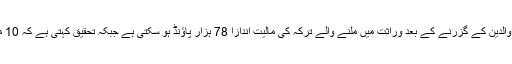
رپورٹ میں اخذ کیا گیا ہے کہ ایک عام آدمی خیال کرتا ہے کہ والدین کے گزرنے کے بعد وراثت میں ملنے والے ترکہ کی مالیت اندازا 78 ہزار پاؤنڈ ہو سکتی ہے جبکہ تحقیق کہتی ہے کہ 10 میں سے 4 بچوں کو والدین سےترکہ میں کچھ نہیں مل سکے گا۔